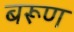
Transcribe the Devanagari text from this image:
बरूण